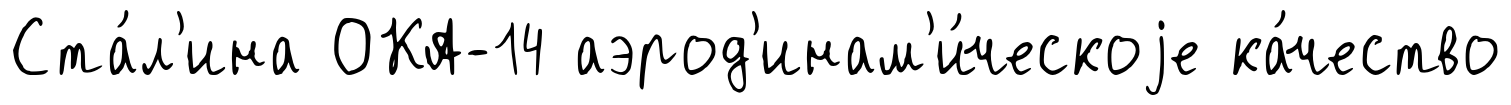
Ста́л'ина ОКА-14 аэрод'инам'и́ческоjе ка́чество